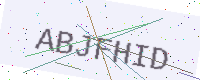
Text: ABJFHID